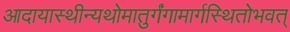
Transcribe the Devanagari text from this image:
आदायास्थीन्यथोमातुर्गंगामार्गस्थितोभवत्